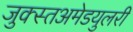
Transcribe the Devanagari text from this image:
जुक्स्तअमेडयुलरी